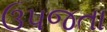
ઉપજતા